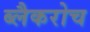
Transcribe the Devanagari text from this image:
ब्लैकरोच